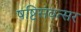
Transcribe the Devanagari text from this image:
षष्टिसंवत्सर